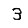
Digit: 3